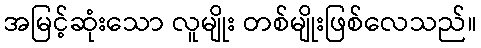
အမြင့်ဆုံးသော လူမျိုး တစ်မျိုးဖြစ်လေသည်။